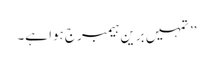
’’تمہیں برین ہیمبرج ہوا ہے۔